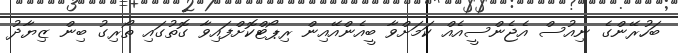
ބަހުރޭންގެ ނިއުސް އެޖެންސީއެއް ކަމަށްވާ ބީއެންއޭއިން ރިޕޯޓްކޮށްފައިވާ ގޮތުގައި ތޯރިގު ބިން ޒިޔާދު